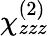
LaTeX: \chi_{zzz}^{(2)}